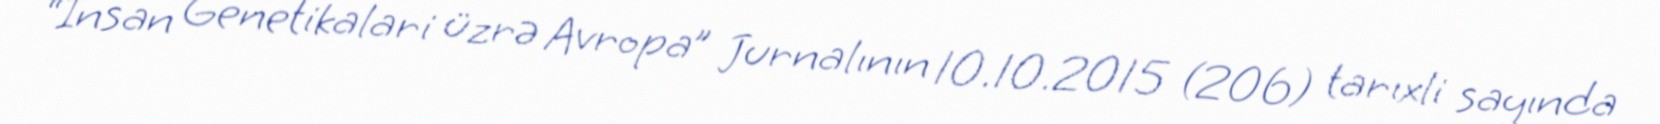
“İnsan Genetikalari üzrə Avropa” Jurnalının 10.10.2015 (206) tarıxli sayında